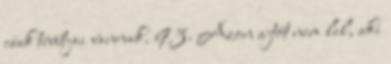
csak tévútjai vannak. 93. Azon ajtót nem lel, aki